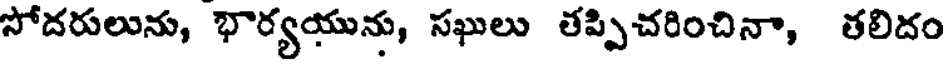
సోదరులును, భార్యయును, సఖులు తప్పిచరించినా, తలిదం